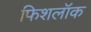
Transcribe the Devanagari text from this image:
फिशलॉक